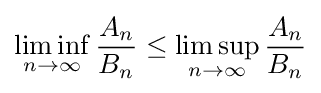
\liminf _{n\to \infty }{\frac {A_{n}}{B_{n}}}\leq \limsup _{n\to \infty }{\frac {A_{n}}{B_{n}}}